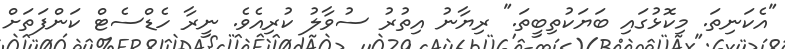
"އެކަނިތަ. މިކޮޅުގައި ބަޔަކުތިބީތަ." ރިޔާނު އިތުރު ސުވާލު ކުރިއެވެ. ނީރާ ހެޑްސެޓް ކަންފަތަށް